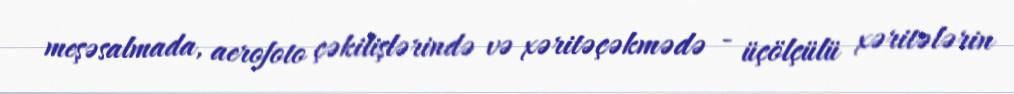
meşəsalmada, aerofoto çəkilişlərində və xəritəçəkmədə - üçölçülü xəritələrin